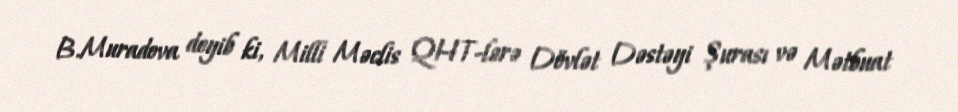
B.Muradova deyib ki, Milli Məclis QHT-lərə Dövlət Dəstəyi Şurası və Mətbuat